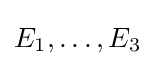
E_{1},\dots ,E_{3}